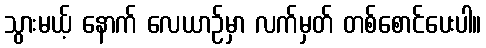
သွားမယ့် နောက် လေယာဉ်မှာ လက်မှတ် တစ်စောင်ပေးပါ။